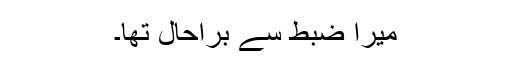
میرا ضبط سے براحال تھا۔